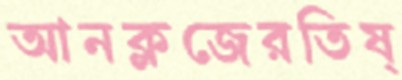
আনক্লজেরতিষ্